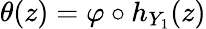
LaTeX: \theta(z)=\varphi\circ h_{Y_{1}}(z)